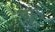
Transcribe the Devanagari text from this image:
कुछे